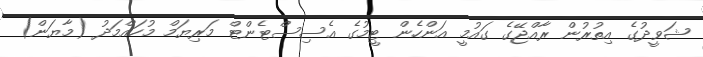
ޝަވީދުގެ އިތުރުން ރާއްޖޭގެ ގައުމީ އަންހެން ޓީމުގެ އެސިސްޓެންޓް މަރިޔަމް މުހައްމަދު (މާޔަން)